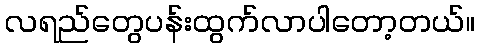
လရည်တွေပန်းထွက်လာပါတော့တယ်။